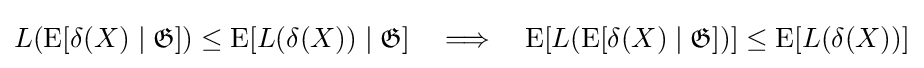
L(\operatorname {E} [\delta (X)\mid {\mathfrak {G}}])\leq \operatorname {E} [L(\delta (X))\mid {\mathfrak {G}}]\quad \Longrightarrow \quad \operatorname {E} [L(\operatorname {E} [\delta (X)\mid {\mathfrak {G}}])]\leq \operatorname {E} [L(\delta (X))]